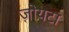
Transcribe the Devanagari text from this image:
ज़ोयटा